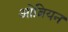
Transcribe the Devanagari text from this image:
ओब्रियन